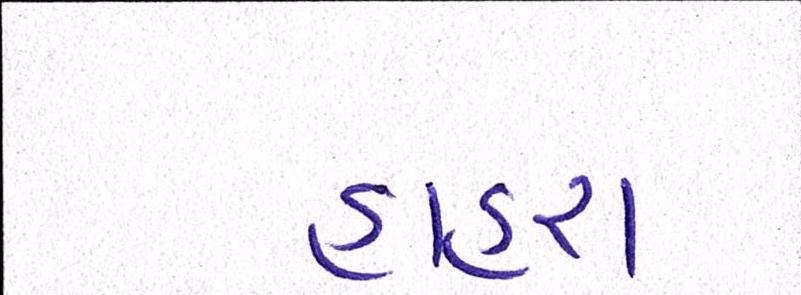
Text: હાહરા